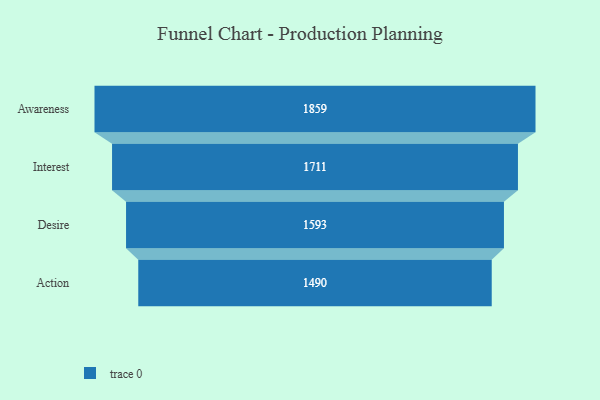
{"axis": {"x": "Stage", "y": "Value"}, "legend": [""], "data": [{"x": "Awareness", "y": 1859.0, "type": ""}, {"x": "Interest", "y": 1711.0, "type": ""}, {"x": "Desire", "y": 1593.0, "type": ""}, {"x": "Action", "y": 1490.0, "type": ""}]}